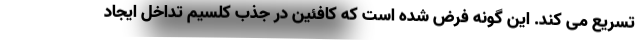
تسریع می کند. این گونه فرض شده است که کافئین در جذب کلسیم تداخل ایجاد